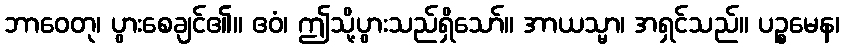
ဘာဝေတု၊ ပွားစေချင်၏။ ဧဝံ၊ ဤသို့ပွားသည်ရှိသော်။ အာယသ္မာ၊ အရှင်သည်။ ပဉ္စမေန၊